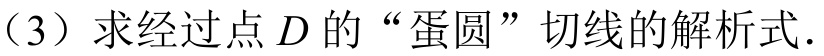
（3）求经过点\(D\)的“蛋圆”切线的解析式.